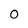
Character: 0